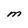
Character: M